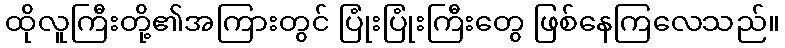
ထိုလူကြီးတို့၏အကြားတွင် ပြုံးပြုံးကြီးတွေ ဖြစ်နေကြလေသည်။